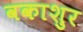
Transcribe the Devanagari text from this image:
वकाशुर